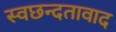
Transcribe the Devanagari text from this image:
स्वछन्दतावाद